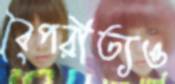
বৈপরীত্যও